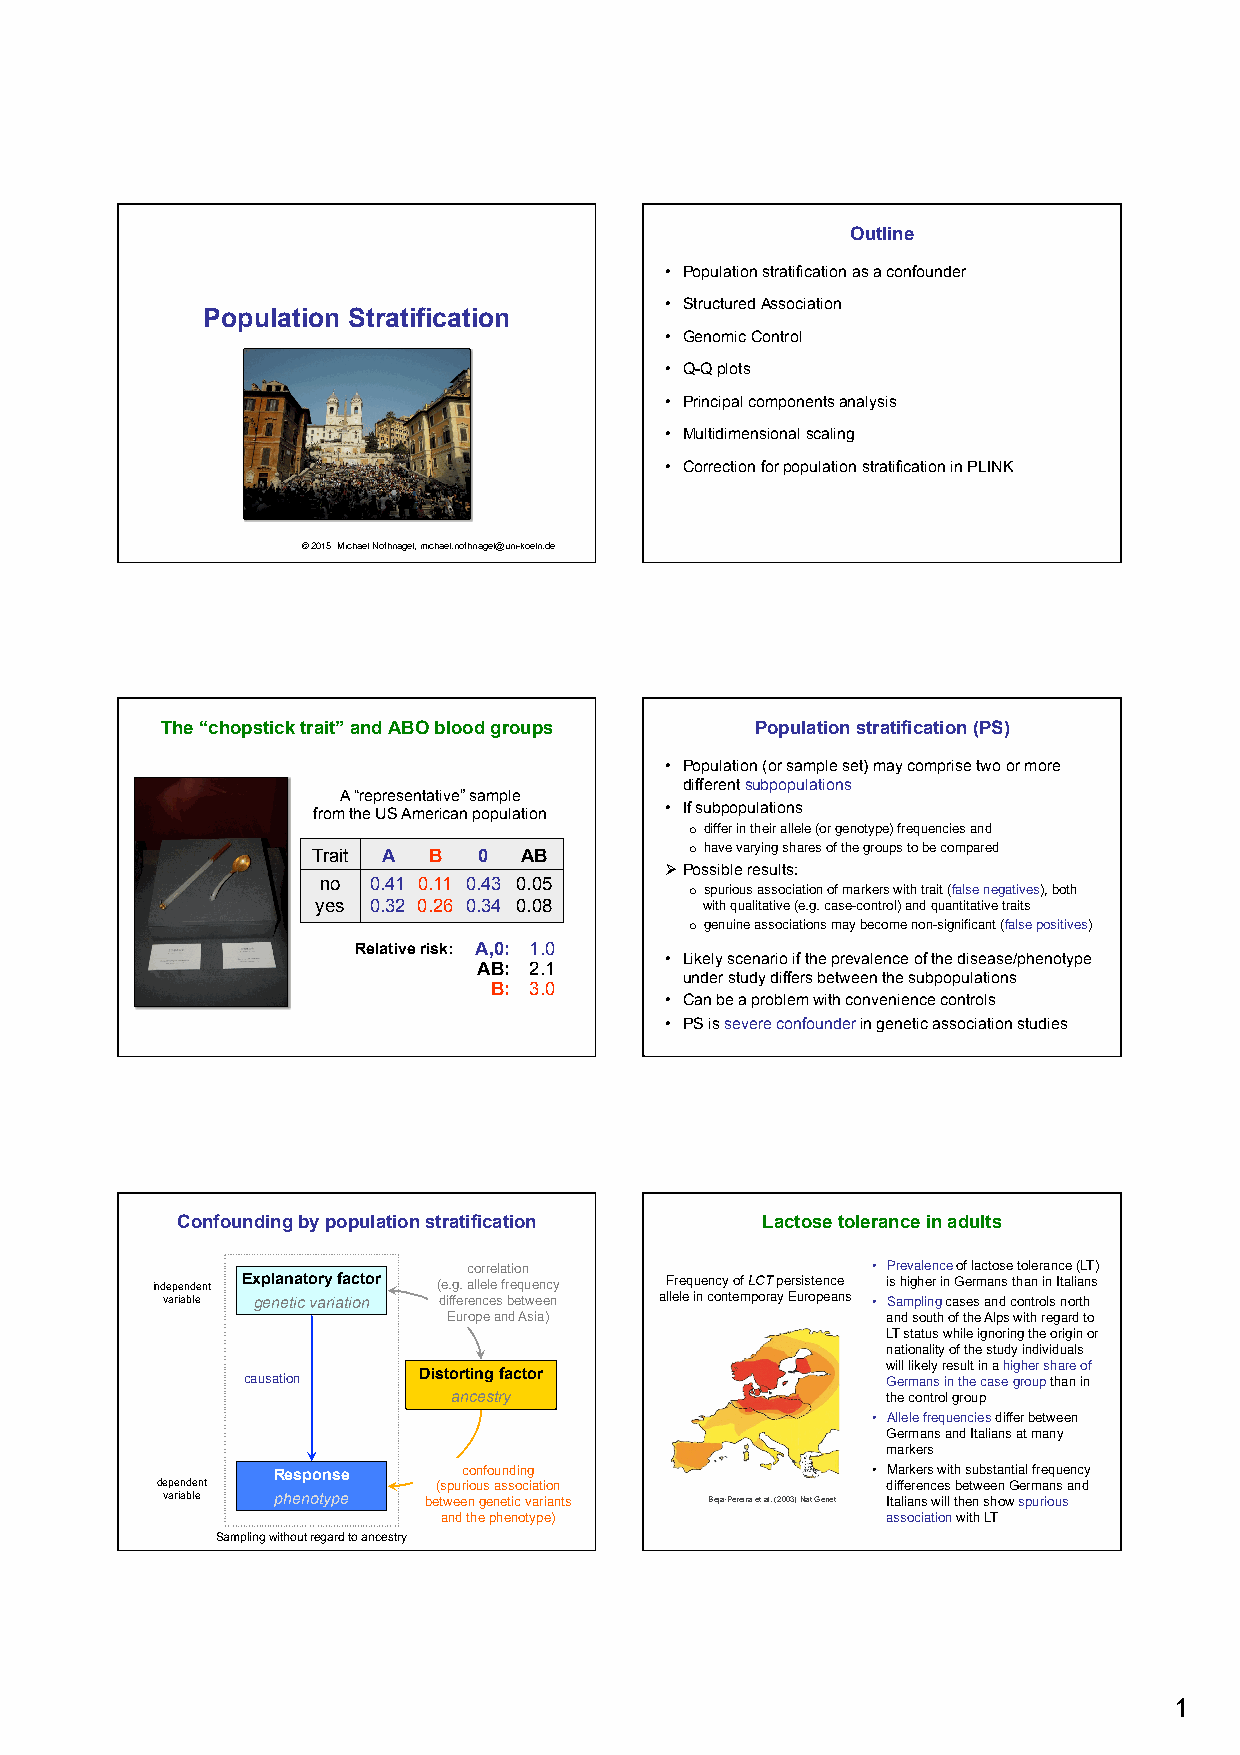
Outline
 • Population stratification as a confounder
 • Structured Association
 Population Stratification
 • Genomic Control
 • Q-Q plots
 • Principal components analysis
 • Multidimensional scaling
 • Correction for population stratification in PLINK
 © 2015 Michael Nothnagel, michael.nothnagel@uni-koeln.de
 The “chopstick trait” and ABO blood groups Population stratification (PS)
 • Population (or sample set) may comprise two or more
 different subpopulations
 A “representative” sample
 from the US American population
 • If subpopulations
 o differ in their allele (or genotype) frequencies and
 Trait A B  0 AB          o have varying shares of the groups to be compared
 Ø Possible results:
 no 0.41 0.11 0.43 0.05
 o spurious association of markers with trait (false negatives), both
 yes 0.32 0.26 0.34 0.08   with qualitative (e.g. case-control) and quantitative traits
 o genuine associations may become non-significant (false positives)
 Relative risk: A,0: 1.0
 • Likely scenario if the prevalence of the disease/phenotype
 AB: 2.1
 under study differs between the subpopulations
 B: 3.0
 • Can be a problem with convenience controls
 • PS is severe confounder in genetic association studies
 Confounding by population stratification Lactose tolerance in adults
 correlation                • Prevalence of lactose tolerance (LT)
 independent Explanatory factor (e.g. allele frequency Frequency of LCT persistence is higher in Germans than in Italians
 variable genetic variation differences between allele in contemporay Europeans • Sampling cases and controls north
 Europe and Asia)             and south of the Alps with regard to
 LT status while ignoring the origin or
 nationality of the study individuals
 will likely result in a higher share of
 Distorting factor
 causation                                  Germans in the case group than in
 ancestry                     the control group
 • Allele frequencies differ between
 Germans and Italians at many
 markers
 Response     confounding                • Markers with substantial frequency
 dependent          (spurious association         differences between Germans and
 variable phenotype between genetic variants Beja-Pereira et al. (2003) Nat Genet Italians will then show spurious
 and the phenotype)            association with LT
 Sampling without regard to ancestry
 1